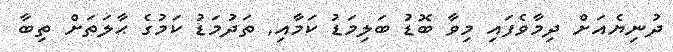
ދުނިޔެއަށް ދިމާވެފައި މިވާ ބޮޑު ބަލިމަޑު ކަމާއި